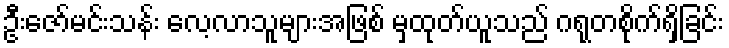
ဦးဇော်မင်းသန်း လေ့လာသူများအဖြစ် မှထုတ်ယူသည် ဂရုတစိုက်ရှိခြင်း